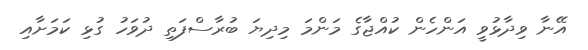
އޭނާ ވިދާޅުވީ އަންހެން ކުއްޖާގެ މަންމަ މިދިޔަ ބުރާސްފަތި ދުވަހު ގުޅި ކަމަށާއި